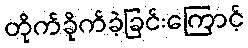
တိုက်ခိုက်ခဲ့ခြင်းကြောင့်